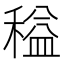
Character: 䅬